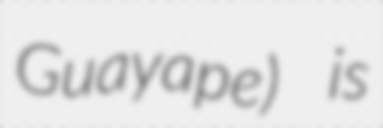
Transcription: Guayape) is